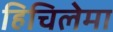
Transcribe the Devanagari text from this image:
हिचिलेमा